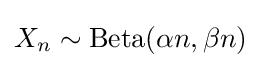
X_{n}\sim \operatorname {Beta} (\alpha n,\beta n)